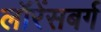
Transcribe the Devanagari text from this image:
लॉरेंसबर्ग